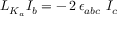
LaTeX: { \cal L } _ { K _ { a } } I _ { b } = - \, 2 \, \epsilon _ { a b c } \ I _ { c }